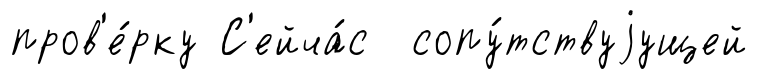
пров'е́рку С'ейча́с сопу́тствуjущей